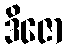
ဒိဇော